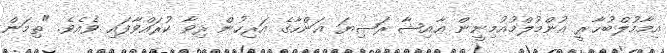
އިމާމުލްބުޚާރީ އުންމުލްމުއުމިނީން ޢާއިޝާ ރަޟިޔަ ޢަންހާގެ އަރިހުން ރިވާ ކުރައްވާފައި ވެއެވެ. "ތިމަން